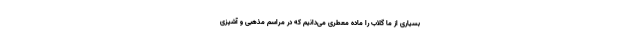
بسیاری از ما گلاب را ماده معطری می‌دانیم که در مراسم مذهبی و آشپزی